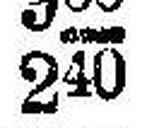
240